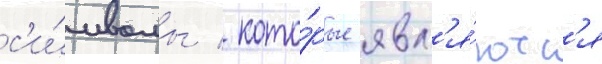
с'и́мволы / кото́рые явл'я́ютс'я